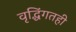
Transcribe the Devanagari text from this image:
वृद्धिंगतही